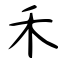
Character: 禾